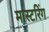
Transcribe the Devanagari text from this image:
मास्‍टरिंग